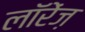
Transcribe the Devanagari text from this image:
लॉरेंज़